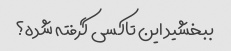
ببخشید این تاکسی گرفته شده؟